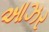
આઝર